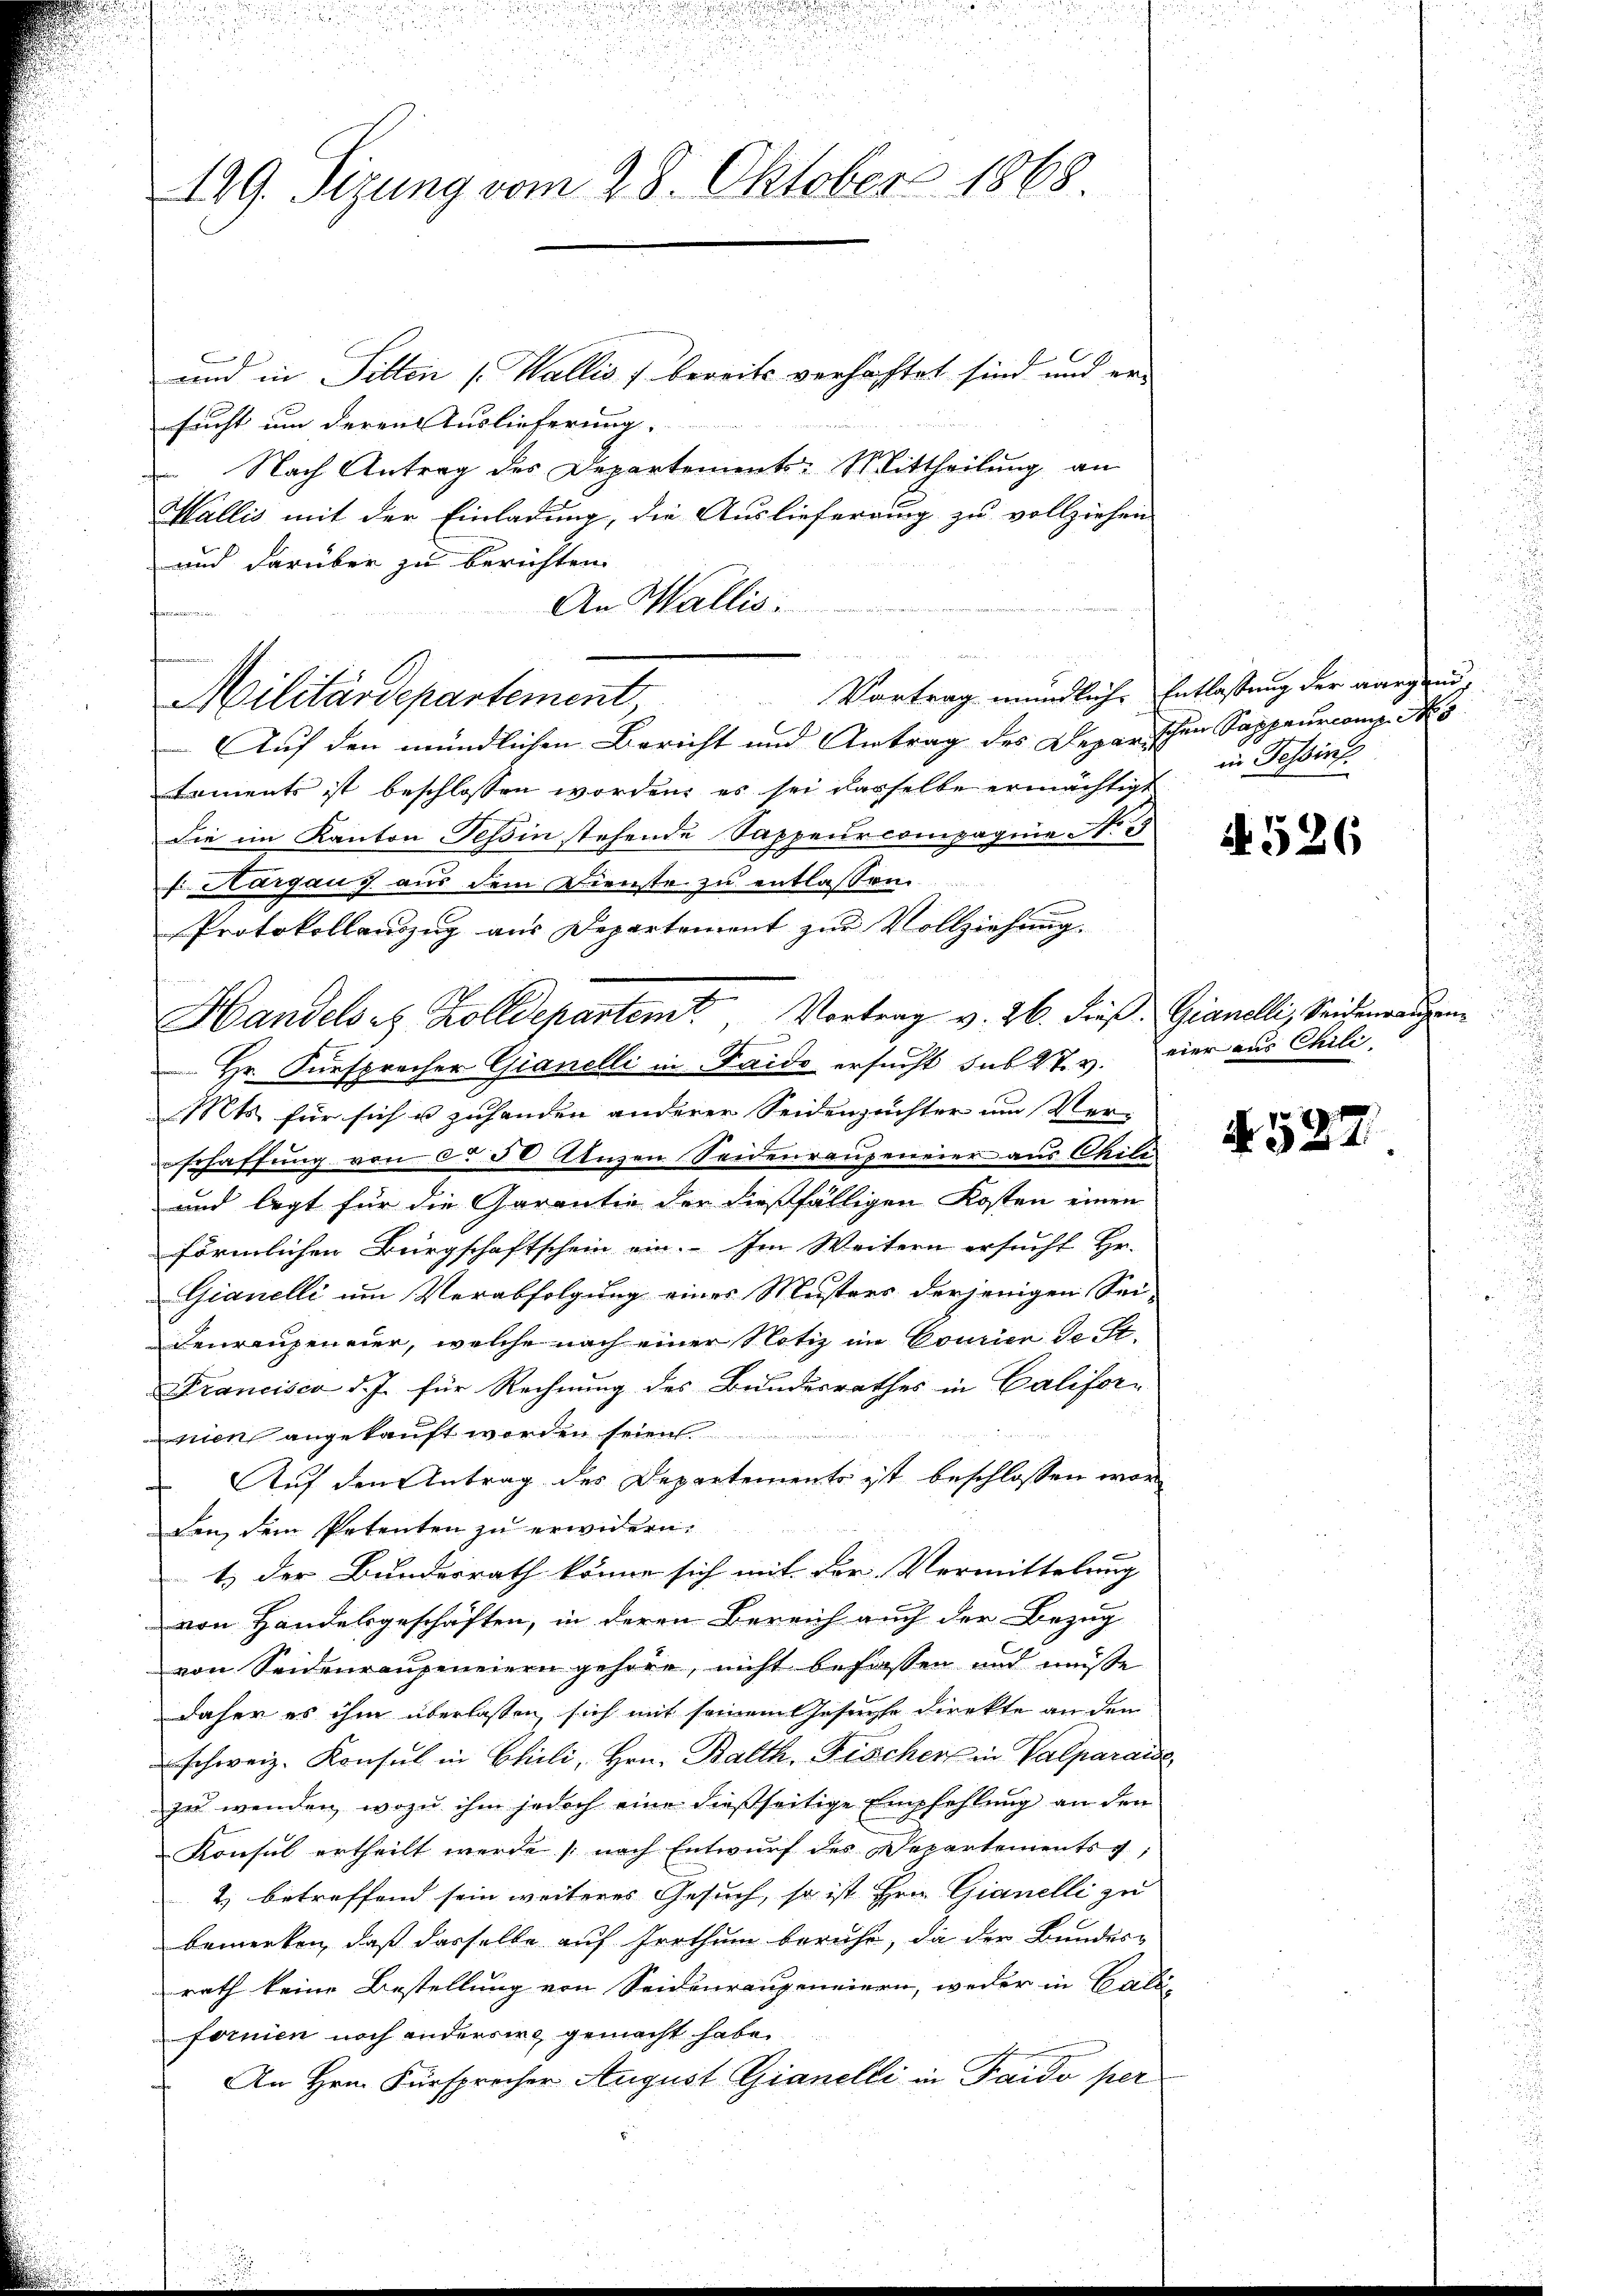
129. Sizung vom 28. Oktober 1868.

f
und in Pillen (Wallis bereits verhaftet sind und ersucht um deren Auslieferung.
 Nach Antrag des Departements-Mittheilung an
Wallis mit der Einladung, die Auslieferung zu vollziehen
und darüber zu berichten.
An Wallis.
Auf den mündlichen Bericht und Antrag des Deparischen Sappeurcomp No. 5
Laments ist beschlossen worden, es sei derselbe ermächtigt
Die im Kanton Tessin stehende Sappeur compagnie No 3
f Aargau s. aus dem Dienste zu entlassen.
Protokollauszug aus Departement zur Vollziehung.
n
2
Hr. Fürsprecher Gianelli in Faide ersucht sub 27. v.
Mts. für sich u zuhanden anderer Seidenzuchter um Ver-
srhaffung von ca 50 Anzen Seidenraupeneier aus Chile
und legt für die Garantie der dießfälligen Kosten einen
förmlichen Bürgschaftschein ein. Im Weitern ersucht Hr.
e
Gianelli um Verabfolgung eines Musters derjenigen Sei-
Leuraupeneier, welche nach einer Notiz im Courier de St.
Francisco d. J. für Rechnung des Bundesrathes in Califor-
ek angekauft worden seien.
Auf den Antrag des Departements ist beschlossen war
den, dem Petenten zu erwidern.
1.) der Bundesrath könne sich mit der Vermittelung
von Handelsgeschäften, in deren Bereich auch der Bezug
von Seidenraŭseneiern gehöre, nicht befassen und müsse
daher es ihm überlassen, sich mit seinem Gesuche direkte an den
schweiz. Konsul in Chuli, Hrn. Balth. Fischer in Valparaise
zu wenden, wozu ihm jedoch eine dießseitige Empfehlung an den
Konsul ertheilt werde (nach Entwurf des Departements,
2) betreffend sein weiteres Gesuch, so ist Hrn. Gianelli zu
bemerken, daß dasselbe auf Irrthum beruhe, da der Bundesrath keine Bestellung von Seidenraugeneiern, weder in Cali
fornien noch andersie gemacht habe.
An Hrn. Fürsprecher August Gianelli in Faido per

Militärdepartement

Vortrag mündliche Entlassung der aargend

Handels es Zolldepartem Vortrag v. 26. dieß Gianelli, Seidemanigen¬

in Tessirt

A. 526

vier aus Chili

N 527.